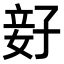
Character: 𫲨